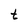
Character: t